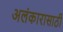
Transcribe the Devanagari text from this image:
अलंकारासाठी